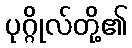
ပုဂ္ဂိုလ်တို့၏